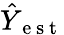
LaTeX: \hat{Y}_{\mathrm{~e~s~t~}}